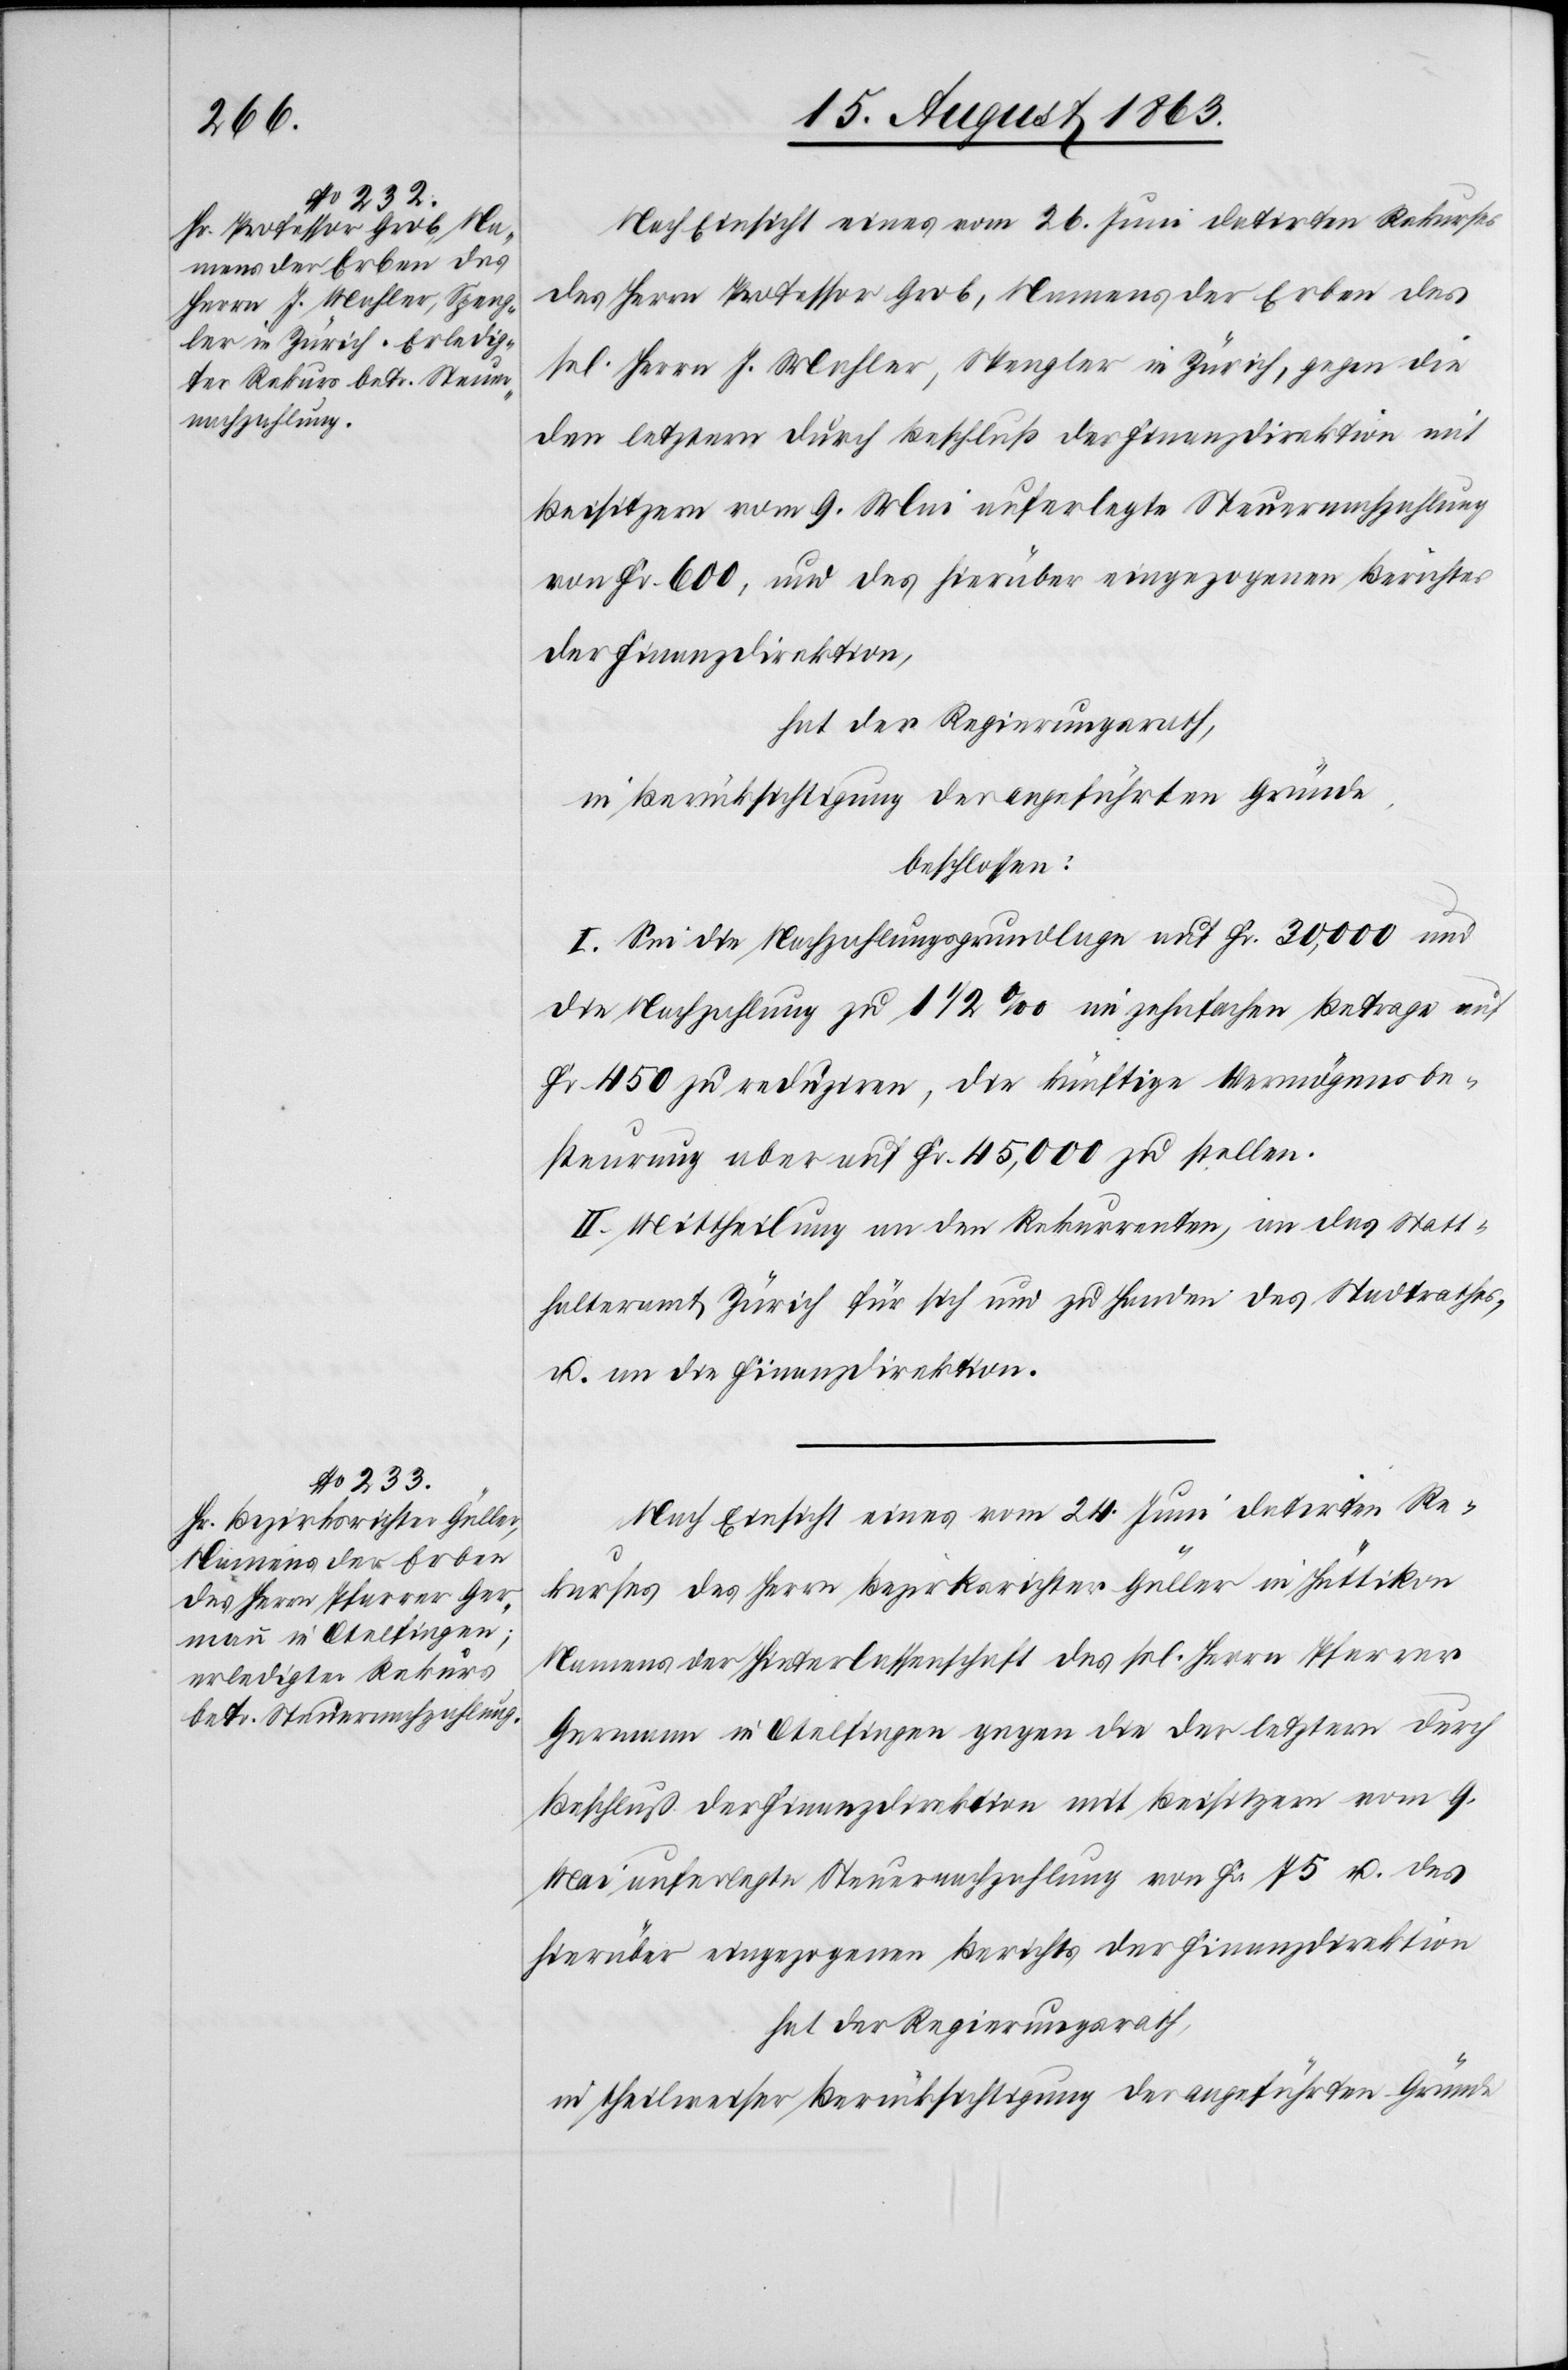
Nach Einsicht eines vom 26. Juni datirten Rekurses
des Herrn Professor Grob, Namens der Erben des
sel. Herrn J. Mahler, Spengler in Zürich, gegen die
den letztern durch Beschluß der Finanzdirektion mit
Beisitzern vom 9. Mai auferlegte Steuernachzahlung
von Fr. 600, und des hierüber eingezogenen Berichtes
der Finanzdirektion,
hat der Regierungsrath,
in Berücksichtigung der angeführten Gründe
beschlossen:
I. Sei die Nachzahlungsgrundlage auf Fr. 30,000 und
die Nachzahlung zu 1 1/2 ‰ im zehnfachen Betrage auf
Fr. 450 zu reduziren, die künftige Vermögensbe¬
steurung aber auf Fr. 45,000 zu stellen.
II. Mittheilung an den Rekurrenten, an das Statt¬
halteramt Zürich für sich und zu Handen des Stadtrathes,
u. an die Finanzdirektion.
Nach Einsicht eines vom 24. Juni datirten Re¬
kurses des Herrn Bezirksrichter Güller in Hüttikon
Namens der Hinterlassenschaft des sel. Herrn Pfarrer
Germann in Otelfingen gegen die der letztern durch
Beschluß der Finanzdirektion mit Beisitzern vom 9.
Mai auferlegte Steuernachzahlung von Fr. 75 u. des
hierüber eingezogenen Berichts der Finanzdirektion
in theilweiser Berücksichtigung der angeführten Gründe